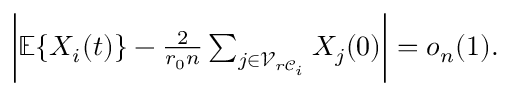
\begin{array} { r } { \bigg | \mathbb { E } \{ X _ { i } ( t ) \} - \frac { 2 } { r _ { 0 } n } \sum _ { j \in \mathcal { V } _ { r \mathcal { C } _ { i } } } X _ { j } ( 0 ) \bigg | = o _ { n } ( 1 ) . } \end{array}